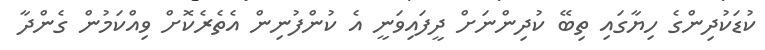
ކުޑަކުދިންގެ ހިޔާގައި ތިބޭ ކުދިންނަށް ދީފައިވަނީ އެ ކުންފުނިން އެތެރެކޮށް ވިއްކަމުން ގެންދާ